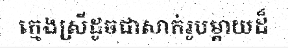
ក្មេងស្រីដូចជាសាក់រូបម្តាយដ៏